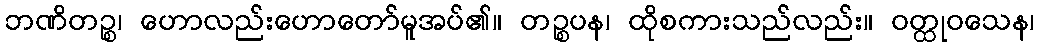
ဘဏိတဉ္စ၊ ဟောလည်းဟောတော်မူအပ်၏။ တဉ္စပန၊ ထိုစကားသည်လည်း။ ဝတ္ထုဝသေန၊